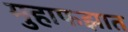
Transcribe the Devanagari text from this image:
मुहाफझात